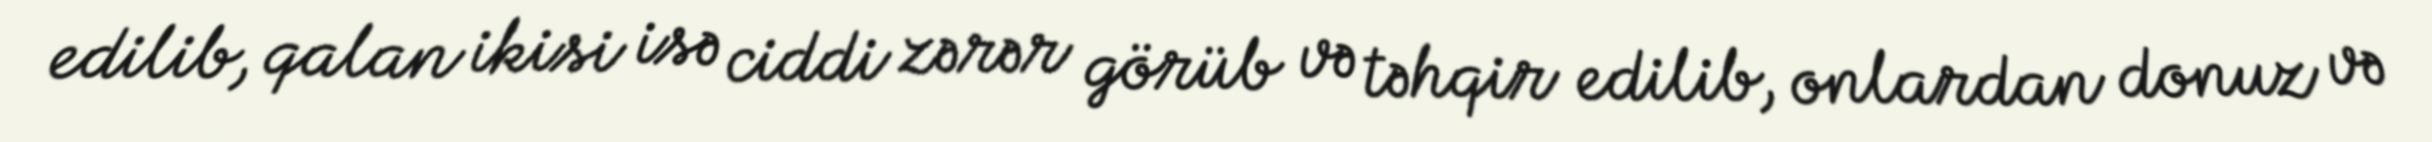
edilib, qalan ikisi isə ciddi zərər görüb və təhqir edilib, onlardan donuz və